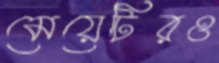
মেয়েটিরও